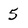
Character: 5